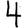
Digit: 4